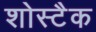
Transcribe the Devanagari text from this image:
शोस्टैक